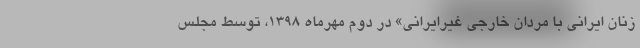
زنان ایرانی با مردان خارجی غیرایرانی» در دوم مهرماه ۱۳۹۸، توسط مجلس